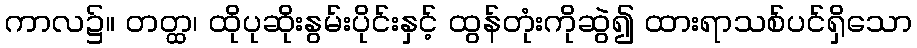
ကာလ၌။ တတ္ထ၊ ထိုပုဆိုးနွမ်းပိုင်းနှင့် ထွန်တုံးကိုဆွဲ၍ ထားရာသစ်ပင်ရှိသော